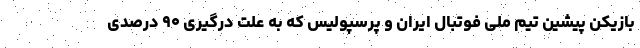
بازیکن پیشین تیم ملی فوتبال ایران و پرسپولیس که به علت درگیری ۹۰ درصدی